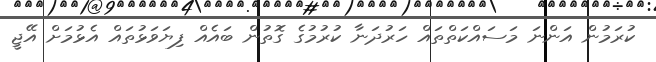
ކުރަމުން އަންނަ މަސައްކަތްތައް ހަރުދަނާ ކުރުމުގެ ގޮތުން ބައެއް ފިޔަވަޅުތައް އެޅުމަށް އޭޖީ